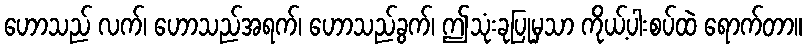
ဟောသည် လက်၊ ဟောသည်အရက်၊ ဟောသည်ခွက်၊ ဤသုံးခုပြုမှသာ ကိုယ့်ပါးစပ်ထဲ ရောက်တာ။